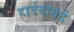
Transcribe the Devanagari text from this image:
हार्डवायर्ड